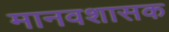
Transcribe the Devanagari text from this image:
मानवशासक